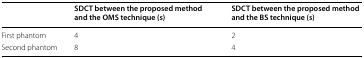
<table><thead><tr><td></td><td><b>SDCT between the proposed method and the OMS technique (s)</b></td><td><b>SDCT between the proposed method and the BS technique (s)</b></td></tr></thead><tbody><tr><td>First phantom</td><td>4</td><td>2</td></tr><tr><td>Second phantom</td><td>8</td><td>4</td></tr></tbody></table>